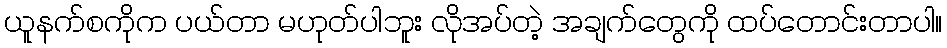
ယူနက်စကိုက ပယ်တာ မဟုတ်ပါဘူး လိုအပ်တဲ့ အချက်တွေကို ထပ်တောင်းတာပါ။